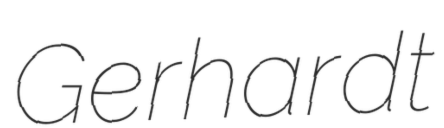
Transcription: Gerhardt